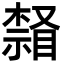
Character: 𣛒